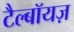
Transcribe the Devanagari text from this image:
टैल्बॉयज़